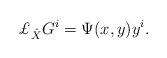
LaTeX: \begin{align*}{\pounds_{\hat X}}{G^i} = \Psi(x, y) {y^i}.\end{align*}